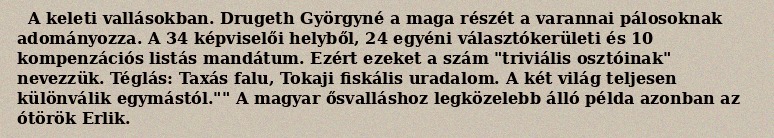
A keleti vallásokban. Drugeth Györgyné a maga részét a varannai pálosoknak adományozza. A 34 képviselői helyből, 24 egyéni választókerületi és 10 kompenzációs listás mandátum. Ezért ezeket a szám "triviális osztóinak" nevezzük. Téglás: Taxás falu, Tokaji fiskális uradalom. A két világ teljesen különválik egymástól."" A magyar ősvalláshoz legközelebb álló példa azonban az ótörök Erlik.